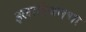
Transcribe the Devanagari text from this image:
इलारियनचा